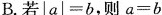
B.若$$| a | = b$$，则$$a = b$$